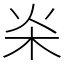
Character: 𣏦